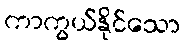
ကာကွယ်နိုင်သော